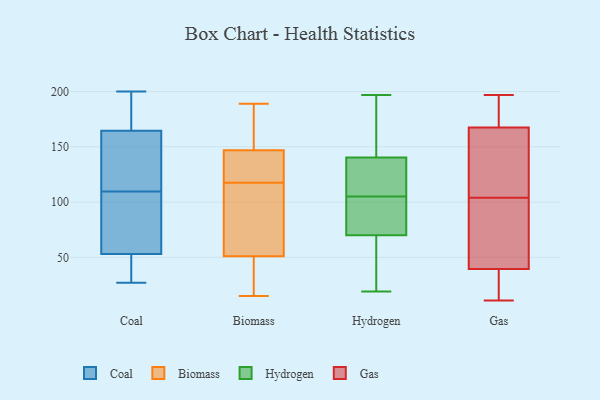
{"axis": {"x": "Churn Rate (%)", "y": "Value"}, "legend": ["Biomass", "Coal", "Gas", "Hydrogen"], "data": [{"x": "", "y": 29, "type": "Coal"}, {"x": "", "y": 103, "type": "Coal"}, {"x": "", "y": 27, "type": "Coal"}, {"x": "", "y": 116, "type": "Coal"}, {"x": "", "y": 41, "type": "Coal"}, {"x": "", "y": 78, "type": "Coal"}, {"x": "", "y": 117, "type": "Coal"}, {"x": "", "y": 49, "type": "Coal"}, {"x": "", "y": 78, "type": "Coal"}, {"x": "", "y": 93, "type": "Coal"}, {"x": "", "y": 200, "type": "Coal"}, {"x": "", "y": 57, "type": "Coal"}, {"x": "", "y": 196, "type": "Coal"}, {"x": "", "y": 146, "type": "Coal"}, {"x": "", "y": 142, "type": "Coal"}, {"x": "", "y": 49, "type": "Coal"}, {"x": "", "y": 142, "type": "Coal"}, {"x": "", "y": 183, "type": "Coal"}, {"x": "", "y": 186, "type": "Coal"}, {"x": "", "y": 190, "type": "Coal"}, {"x": "", "y": 129, "type": "Biomass"}, {"x": "", "y": 101, "type": "Biomass"}, {"x": "", "y": 15, "type": "Biomass"}, {"x": "", "y": 27, "type": "Biomass"}, {"x": "", "y": 189, "type": "Biomass"}, {"x": "", "y": 106, "type": "Biomass"}, {"x": "", "y": 148, "type": "Biomass"}, {"x": "", "y": 183, "type": "Biomass"}, {"x": "", "y": 75, "type": "Biomass"}, {"x": "", "y": 19, "type": "Biomass"}, {"x": "", "y": 129, "type": "Biomass"}, {"x": "", "y": 146, "type": "Biomass"}, {"x": "", "y": 138, "type": "Hydrogen"}, {"x": "", "y": 33, "type": "Hydrogen"}, {"x": "", "y": 19, "type": "Hydrogen"}, {"x": "", "y": 96, "type": "Hydrogen"}, {"x": "", "y": 169, "type": "Hydrogen"}, {"x": "", "y": 98, "type": "Hydrogen"}, {"x": "", "y": 141, "type": "Hydrogen"}, {"x": "", "y": 129, "type": "Hydrogen"}, {"x": "", "y": 58, "type": "Hydrogen"}, {"x": "", "y": 69, "type": "Hydrogen"}, {"x": "", "y": 86, "type": "Hydrogen"}, {"x": "", "y": 105, "type": "Hydrogen"}, {"x": "", "y": 159, "type": "Hydrogen"}, {"x": "", "y": 117, "type": "Hydrogen"}, {"x": "", "y": 73, "type": "Hydrogen"}, {"x": "", "y": 110, "type": "Hydrogen"}, {"x": "", "y": 48, "type": "Hydrogen"}, {"x": "", "y": 197, "type": "Hydrogen"}, {"x": "", "y": 189, "type": "Hydrogen"}, {"x": "", "y": 160, "type": "Gas"}, {"x": "", "y": 11, "type": "Gas"}, {"x": "", "y": 186, "type": "Gas"}, {"x": "", "y": 125, "type": "Gas"}, {"x": "", "y": 15, "type": "Gas"}, {"x": "", "y": 197, "type": "Gas"}, {"x": "", "y": 180, "type": "Gas"}, {"x": "", "y": 140, "type": "Gas"}, {"x": "", "y": 104, "type": "Gas"}, {"x": "", "y": 70, "type": "Gas"}, {"x": "", "y": 137, "type": "Gas"}, {"x": "", "y": 79, "type": "Gas"}, {"x": "", "y": 30, "type": "Gas"}, {"x": "", "y": 17, "type": "Gas"}, {"x": "", "y": 65, "type": "Gas"}, {"x": "", "y": 95, "type": "Gas"}, {"x": "", "y": 170, "type": "Gas"}, {"x": "", "y": 190, "type": "Gas"}, {"x": "", "y": 31, "type": "Gas"}]}